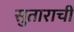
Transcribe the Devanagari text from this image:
सुताराची